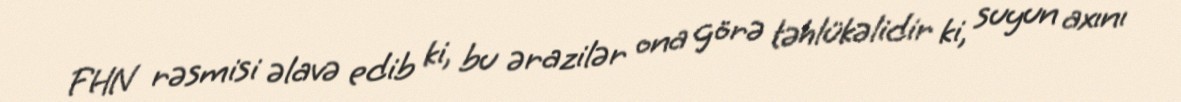
FHN rəsmisi əlavə edib ki, bu ərazilər ona görə təhlükəlidir ki, suyun axını